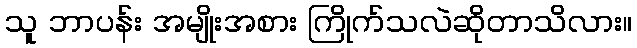
သူ ဘာပန်း အမျိုးအစား ကြိုက်သလဲဆိုတာသိလား။